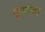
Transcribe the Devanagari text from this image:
हिंग्लजा